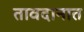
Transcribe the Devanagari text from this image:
तावदानात